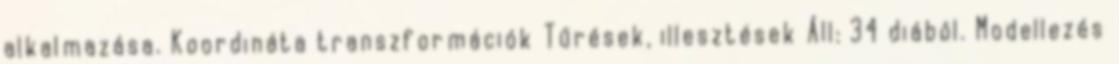
alkalmazása. Koordináta transzformációk Tűrések, illesztések Áll: 34 diából. Modellezés